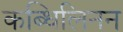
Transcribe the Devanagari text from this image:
कब्धिलिनन